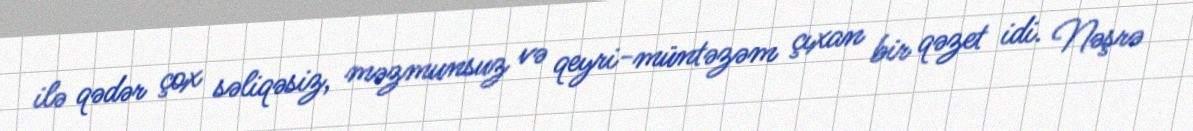
ilə qədər çox səliqəsiz, məzmunsuz və qeyri-müntəzəm çıxan bir qəzet idi. Nəşrə